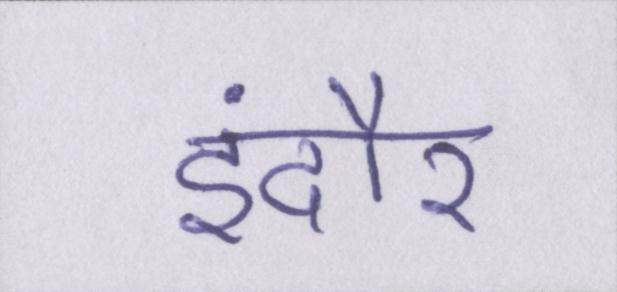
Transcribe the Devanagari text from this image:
इंदौर